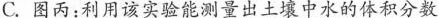
C.图丙：利用该实验能测量出土壤中水的体积分数